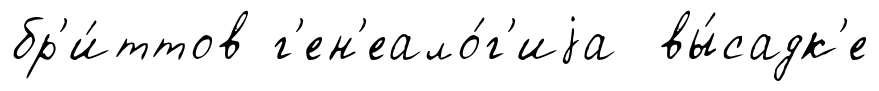
бр'и́ттов г'ен'еало́г'иjа вы́садк'е